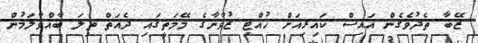
ޒޭބާ ތެދުވެގެން އައިސް ކައިރިއަށް ހުއްޓި ޒުވާނާގެ މޭމަތީގައި ދެއަތް ތިލަ ބާއްވާލަމުން